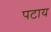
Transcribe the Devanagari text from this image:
पटाय